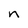
Character: n